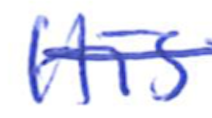
Text: His
Cross-out: single-line
Writing tool: ballpoint